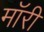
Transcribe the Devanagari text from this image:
मॉरी